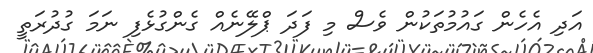
އަދި އެހެން ގައުމުތަކުން ވެސް މި ފަދަ ޕްލޭނެއް ގެންގުޅެފި ނަމަ ގުދުރަތީ